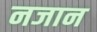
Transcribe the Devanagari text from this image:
नजान